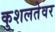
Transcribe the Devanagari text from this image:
कुशलतेवर